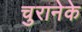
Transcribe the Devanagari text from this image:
चुरानेके